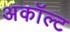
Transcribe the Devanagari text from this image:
अकॉल्ट